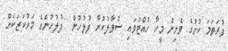
ފުރަތަމަ ކުށުގެ ވެށިން މީހާ ހުއްޓުވައި ސުވާލުކުރާ ފުލުހުން  ފުލުހުންގެ މަރުކަޒަކަށް